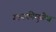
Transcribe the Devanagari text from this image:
गायकीमुळेच